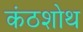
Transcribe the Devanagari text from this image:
कंठशोथ